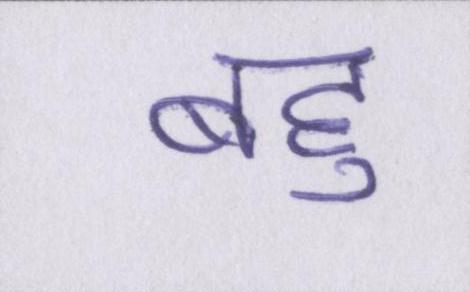
बहु